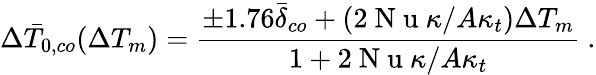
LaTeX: \Delta\bar{T}_{0,co}(\Delta T_{m})=\frac{\pm 1.76\bar{\delta}_{co}+(2\mathrm{~N~u~}\kappa/A\kappa_{t})\Delta T_{m}}{1+2\mathrm{~N~u~}\kappa/A\kappa_{t}}\ .